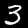
Digit: 3